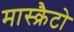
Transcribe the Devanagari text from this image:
मास्क्रैटो